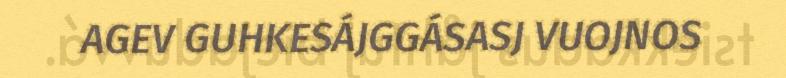
AGEV GUHKESÁJGGÁSASJ VUOJNOS